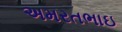
અમરતભાઇ